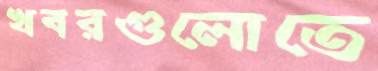
খবরগুলোতে